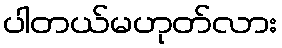
ပါတယ်မဟုတ်လား